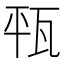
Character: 㼞